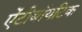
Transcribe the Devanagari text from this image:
ऐंटीबॉयटिक